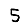
Digit: 5